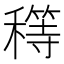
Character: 𥢜